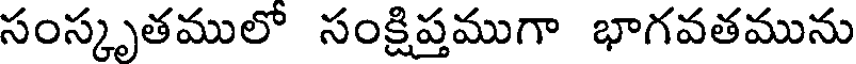
సంస్కృతములో సంక్షిప్తముగా భాగవతమును